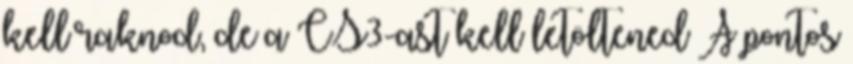
kell raknod, de a CS3-ast kell letöltened A pontos